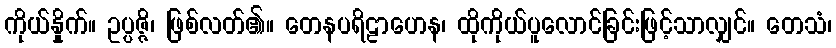
ကိုယ်နှိုက်။ ဥပ္ပဇ္ဇိ၊ ဖြစ်လတ်၏။ တေနပရိဠာဟေန၊ ထိုကိုယ်ပူလောင်ခြင်းဖြင့်သာလျှင်။ တေသံ၊